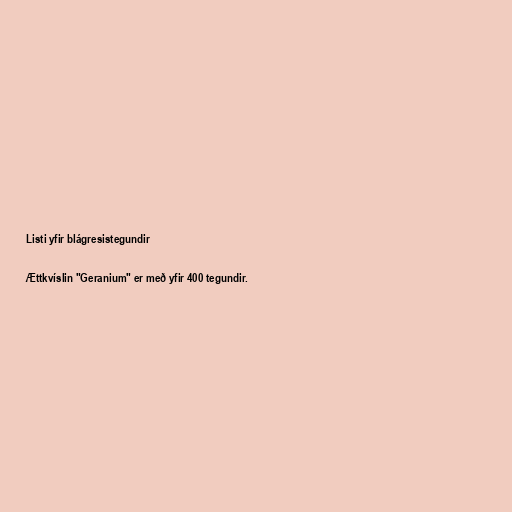
Listi yfir blágresistegundir

Ættkvíslin "Geranium" er með yfir 400 tegundir.